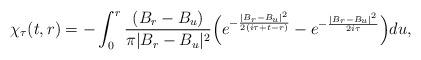
LaTeX: \begin{align*}\chi_{\tau}(t,r)=-\int_0^r \frac{(B_r-B_u)}{\pi|B_r-B_u|^2}\Big( e^{-\frac{|B_r-B_u|^2}{2(i\tau +t-r)}}-e^{-\frac{|B_r-B_u|^2}{2i\tau}}\Big) du,\end{align*}